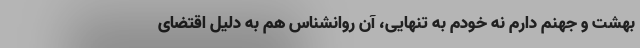
بهشت و جهنم دارم نه خودم به تنهایی، آن روانشناس هم به دلیل اقتضای